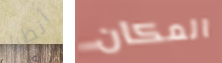
أنظرا المكان